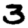
Digit: 3